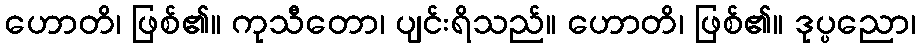
ဟောတိ၊ ဖြစ်၏။ ကုသီတော၊ ပျင်းရိသည်။ ဟောတိ၊ ဖြစ်၏။ ဒုပ္ပညော၊